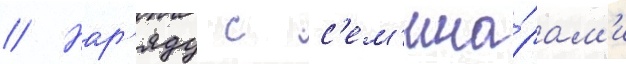
// Нар'яду с с'ем'ина́рам'и